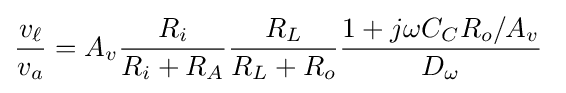
{\frac {v_{\ell }}{v_{a}}}=A_{v}{\frac {R_{i}}{R_{i}+R_{A}}}{\frac {R_{L}}{R_{L}+R_{o}}}{\frac {1+j\omega C_{C}R_{o}/A_{v}}{D_{\omega }}}\